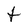
Character: t